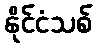
နိုင်ငံသစ်